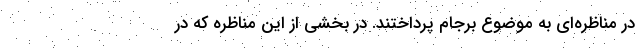
در مناظره‌ای به موضوع برجام پرداختند. در بخشی از این مناظره که در